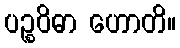
ပဉ္စဝိဓာ ဟောတိ။